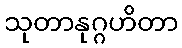
သုတာနုဂ္ဂဟိတာ